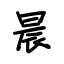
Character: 晨